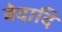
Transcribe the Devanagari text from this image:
वेदादि